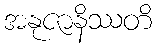
အနုဇာနိဿတိ